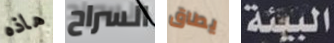
هاذه السراح يطاق البيئة